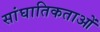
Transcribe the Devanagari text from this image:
सांघातिकताओं